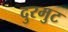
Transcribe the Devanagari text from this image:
दुरमुट